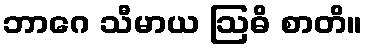
ဘာဂေ သီမာယ ဩဓိ စာတိ။